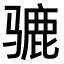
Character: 𫠋